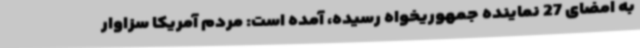
به امضای 27 نماینده جمهوریخواه رسیده، آمده است: مردم آمریکا سزاوار